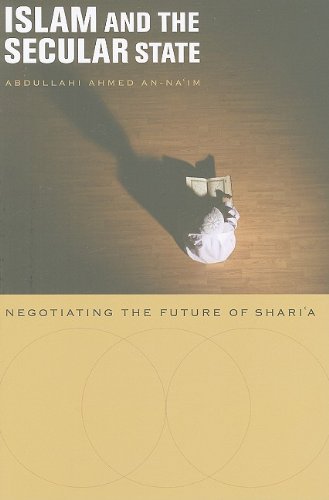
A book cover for Islam and the Secular State: Negotiating the Future of Shari`a; Abdullahi Ahmed An-Na`im; Religion & Spirituality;